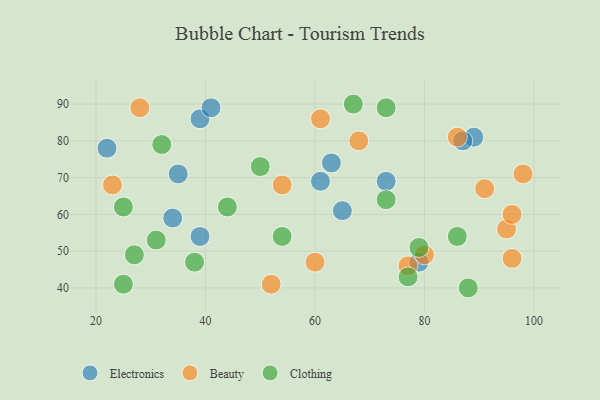
{"axis": {"x": "GDP", "y": "Life Expectancy"}, "legend": ["Beauty", "Clothing", "Electronics"], "data": [{"x": "39", "y": 54, "type": "Electronics"}, {"x": "79", "y": 47, "type": "Electronics"}, {"x": "39", "y": 86, "type": "Electronics"}, {"x": "63", "y": 74, "type": "Electronics"}, {"x": "34", "y": 59, "type": "Electronics"}, {"x": "35", "y": 71, "type": "Electronics"}, {"x": "65", "y": 61, "type": "Electronics"}, {"x": "61", "y": 69, "type": "Electronics"}, {"x": "41", "y": 89, "type": "Electronics"}, {"x": "89", "y": 81, "type": "Electronics"}, {"x": "73", "y": 69, "type": "Electronics"}, {"x": "22", "y": 78, "type": "Electronics"}, {"x": "87", "y": 80, "type": "Electronics"}, {"x": "77", "y": 46, "type": "Beauty"}, {"x": "28", "y": 89, "type": "Beauty"}, {"x": "23", "y": 68, "type": "Beauty"}, {"x": "86", "y": 81, "type": "Beauty"}, {"x": "68", "y": 80, "type": "Beauty"}, {"x": "95", "y": 56, "type": "Beauty"}, {"x": "54", "y": 68, "type": "Beauty"}, {"x": "91", "y": 67, "type": "Beauty"}, {"x": "52", "y": 41, "type": "Beauty"}, {"x": "96", "y": 48, "type": "Beauty"}, {"x": "60", "y": 47, "type": "Beauty"}, {"x": "98", "y": 71, "type": "Beauty"}, {"x": "61", "y": 86, "type": "Beauty"}, {"x": "80", "y": 49, "type": "Beauty"}, {"x": "96", "y": 60, "type": "Beauty"}, {"x": "86", "y": 54, "type": "Clothing"}, {"x": "67", "y": 90, "type": "Clothing"}, {"x": "25", "y": 41, "type": "Clothing"}, {"x": "88", "y": 40, "type": "Clothing"}, {"x": "38", "y": 47, "type": "Clothing"}, {"x": "31", "y": 53, "type": "Clothing"}, {"x": "54", "y": 54, "type": "Clothing"}, {"x": "32", "y": 79, "type": "Clothing"}, {"x": "50", "y": 73, "type": "Clothing"}, {"x": "79", "y": 51, "type": "Clothing"}, {"x": "77", "y": 43, "type": "Clothing"}, {"x": "73", "y": 89, "type": "Clothing"}, {"x": "27", "y": 49, "type": "Clothing"}, {"x": "73", "y": 64, "type": "Clothing"}, {"x": "25", "y": 62, "type": "Clothing"}, {"x": "44", "y": 62, "type": "Clothing"}]}